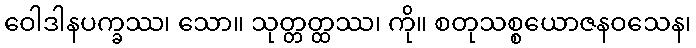
ဝေါဒါနပက္ခဿ၊ သော။ သုတ္တတ္ထဿ၊ ကို။ စတုသစ္စယောဇနဝသေန၊